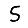
Digit: 5